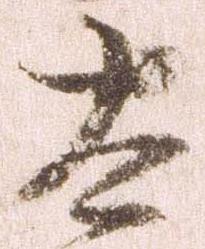
太